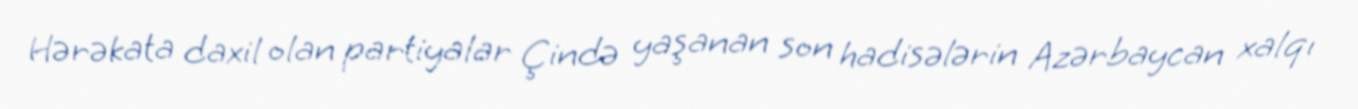
Hərəkata daxil olan partiyalar Çində yaşanan son hadisələrin Azərbaycan xalqı